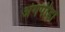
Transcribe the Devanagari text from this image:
अंगपीड़ा